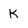
Character: K